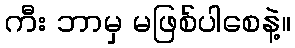
ကီး ဘာမှ မဖြစ်ပါစေနဲ့။